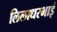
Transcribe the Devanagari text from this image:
लिलाधरभाई